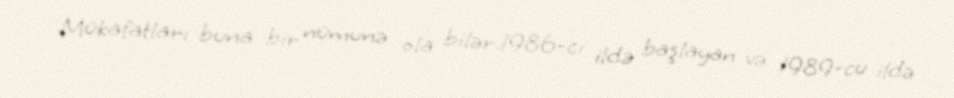
Mükafatları buna bir nümunə ola bilər.1986-cı ildə başlayan və 1989-cu ildə